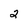
Character: 2